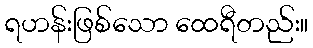
ရဟန်းဖြစ်သော ထေရီတည်း။